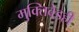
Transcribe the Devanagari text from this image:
मुक्तिवेडही